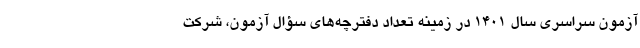
آزمون سراسری سال 1401 در زمینه تعداد دفترچه­های سؤال آزمون، شرکت